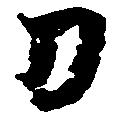
刀